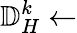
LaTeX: \mathbb{D}_{H}^{k}\gets